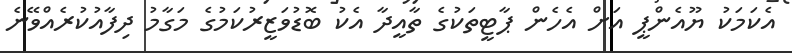
އެކަމަކު ޔޫއެންޕީ އަށް އެހެން ޕާޓީތަކުގެ ތާއީދާ އެކު ބޮޑުވަޒީރުކަމުގެ މަގާމު ދިފާއުކުރެއްވޭނެ